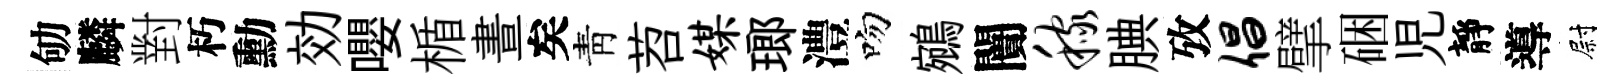
劬麟對朽勳効嚶楯晝矣靑苕媒瑯澧吻鵷闠稼腆攷倡擘硱児靜導尉